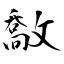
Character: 敿